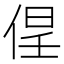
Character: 𱎵